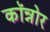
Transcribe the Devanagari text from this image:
कॉन्नोर